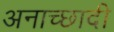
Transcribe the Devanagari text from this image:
अनाच्छादी